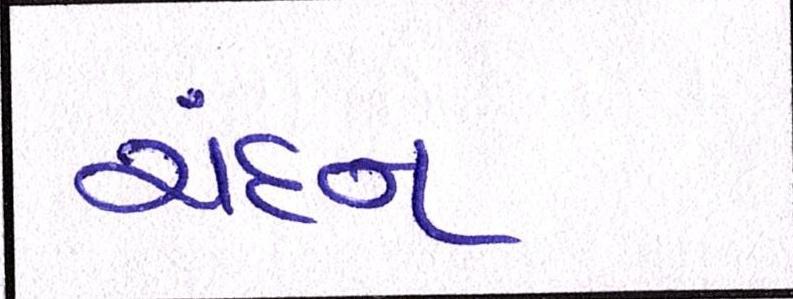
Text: ચંદન